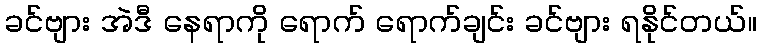
ခင်ဗျား အဲဒီ နေရာကို ရောက် ရောက်ချင်း ခင်ဗျား ရနိုင်တယ်။